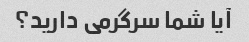
آیا شما سرگرمی دارید؟